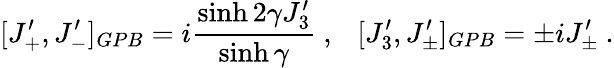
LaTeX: [J_{+}^{\prime},J_{-}^{\prime}]_{GPB}=i\displaystyle\frac{\sinh 2\gamma J_{3}^{\prime}}{\sinh\gamma}~,~~~[J_{3}^{\prime},J_{\pm}^{\prime}]_{GPB}=\pm iJ_{\pm}^{\prime}~.